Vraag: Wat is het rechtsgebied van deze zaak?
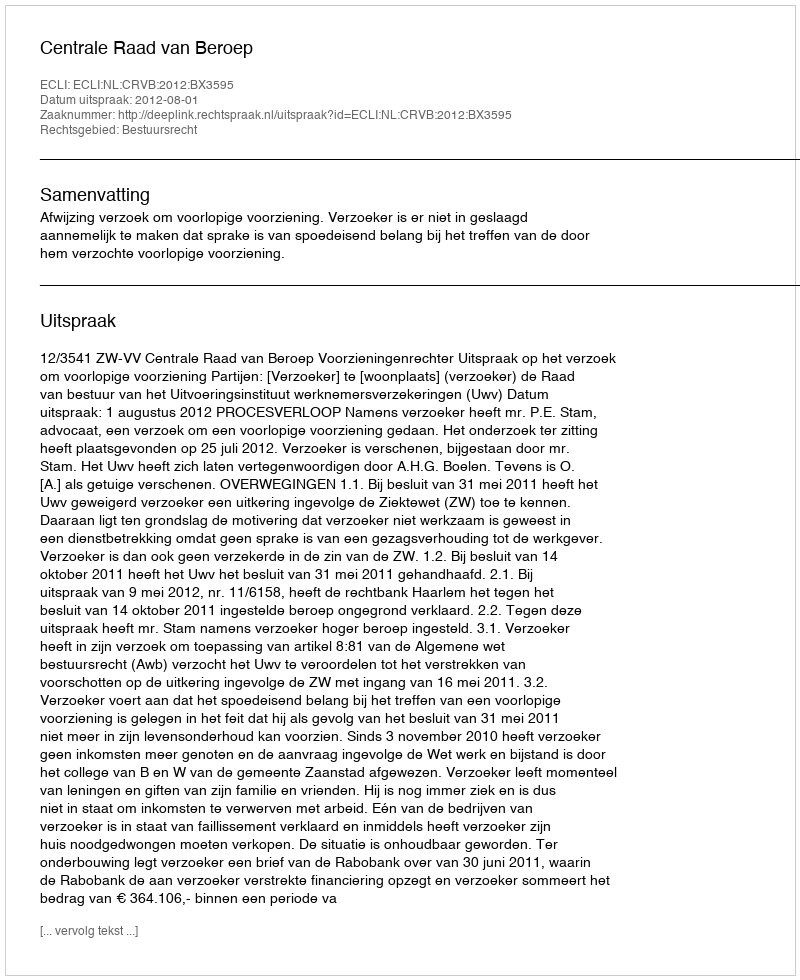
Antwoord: Bestuursrecht